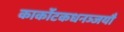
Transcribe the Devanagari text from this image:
कार्कोटकधनञ्जयौ